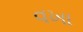
વખા